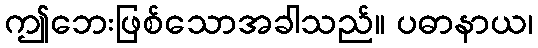
ဤဘေးဖြစ်သောအခါသည်။ ပဓာနာယ၊